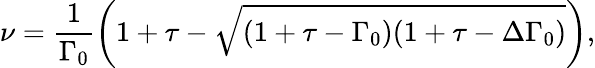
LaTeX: \nu=\frac{1}{\Gamma_{0}}\left(1+\tau-\sqrt{(1+\tau-\Gamma_{0})(1+\tau-\Delta\Gamma_{0})}\right),